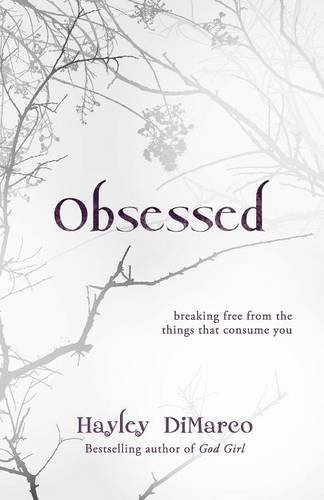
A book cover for Obsessed: Breaking Free from the Things That Consume You; Hayley DiMarco; Christian Books & Bibles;